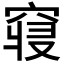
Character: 𱷊